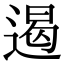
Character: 遏